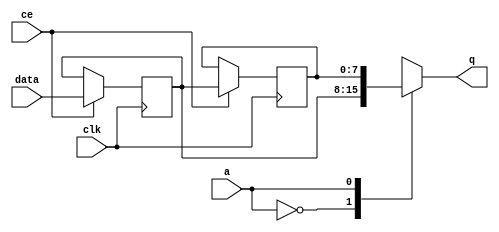
// ==============================================================
// File generated by Vivado(TM) HLS - High-Level Synthesis from C, C++ and SystemC
// Version: 2013.2
// Copyright (C) 2013 Xilinx Inc. All rights reserved.
// 
// ==============================================================


`timescale 1 ns / 1 ps

module FIFO_image_filter_src0_data_stream_2_V_shiftReg (
    clk,
    data,
    ce,
    a,
    q);

parameter DATA_WIDTH = 32'd8;
parameter ADDR_WIDTH = 32'd1;
parameter DEPTH = 32'd2;

input clk;
input [DATA_WIDTH-1:0] data;
input ce;
input [ADDR_WIDTH-1:0] a;
output [DATA_WIDTH-1:0] q;

reg[DATA_WIDTH-1:0] SRL_SIG [0:DEPTH-1];
integer i;

always @ (posedge clk)
    begin
        if (ce)
        begin
            for (i=0;i<DEPTH-1;i=i+1)
                SRL_SIG[i+1] <= SRL_SIG[i];
            SRL_SIG[0] <= data;
        end
    end

assign q = SRL_SIG[a];

endmodule

module FIFO_image_filter_src0_data_stream_2_V (
    clk,
    reset,
    if_empty_n,
    if_read_ce,
    if_read,
    if_dout,
    if_full_n,
    if_write_ce,
    if_write,
    if_din);

parameter MEM_STYLE = "auto";
parameter DATA_WIDTH = 32'd8;
parameter ADDR_WIDTH = 32'd1;
parameter DEPTH = 32'd2;

input clk;
input reset;
output if_empty_n;
input if_read_ce;
input if_read;
output[DATA_WIDTH - 1:0] if_dout;
output if_full_n;
input if_write_ce;
input if_write;
input[DATA_WIDTH - 1:0] if_din;

wire[ADDR_WIDTH - 1:0] shiftReg_addr ;
wire[DATA_WIDTH - 1:0] shiftReg_data, shiftReg_q;
reg[ADDR_WIDTH:0] mOutPtr = {(ADDR_WIDTH+1){1'b1}};
reg internal_empty_n = 0, internal_full_n = 1;

assign if_empty_n = internal_empty_n;
assign if_full_n = internal_full_n;
assign shiftReg_data = if_din;
assign if_dout = shiftReg_q;

always @ (posedge clk) begin
    if (reset == 1'b1)
    begin
        mOutPtr <= ~{ADDR_WIDTH+1{1'b0}};
        internal_empty_n <= 1'b0;
        internal_full_n <= 1'b1;
    end
    else begin
        if (((if_read & if_read_ce) == 1 & internal_empty_n == 1) && 
            ((if_write & if_write_ce) == 0 | internal_full_n == 0))
        begin
            mOutPtr <= mOutPtr -1;
            if (mOutPtr == 0)
                internal_empty_n <= 1'b0;
            internal_full_n <= 1'b1;
        end 
        else if (((if_read & if_read_ce) == 0 | internal_empty_n == 0) && 
            ((if_write & if_write_ce) == 1 & internal_full_n == 1))
        begin
            mOutPtr <= mOutPtr +1;
            internal_empty_n <= 1'b1;
            if (mOutPtr == DEPTH-2)
                internal_full_n <= 1'b0;
        end 
    end
end

assign shiftReg_addr = mOutPtr[ADDR_WIDTH] == 1'b0 ? mOutPtr[ADDR_WIDTH-1:0]:{ADDR_WIDTH{1'b0}};
assign shiftReg_ce = (if_write & if_write_ce) & internal_full_n;

FIFO_image_filter_src0_data_stream_2_V_shiftReg 
#(
    .DATA_WIDTH(DATA_WIDTH),
    .ADDR_WIDTH(ADDR_WIDTH),
    .DEPTH(DEPTH))
U_FIFO_image_filter_src0_data_stream_2_V_ram (
    .clk(clk),
    .data(shiftReg_data),
    .ce(shiftReg_ce),
    .a(shiftReg_addr),
    .q(shiftReg_q));

endmodule